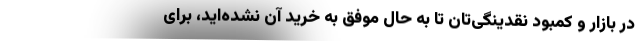
در بازار و کمبود نقدینگی‌تان تا به حال موفق به خرید آن نشده‌اید، برای